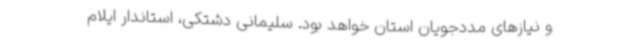
و نیازهای مددجویان استان خواهد بود. سلیمانی دشتکی، استاندار ایلام